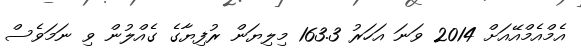
އެމްއެމްއޭއަށް 2014 ވަނަ އަހަރު 163.3 މިލިޔަން ރުފިޔާގެ ގެއްލުން ވި ނަމަވެސް